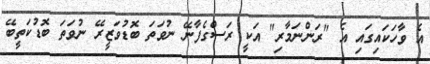
އެ ވާހަކައިގައި އެ "ރަންނަމާރި" އަކީ ރަސްގެފާނޭ ނުވަތަ ބޮޑުވަޒީރޭ ނުވަތަ ބޮޑުކަތީބޭ